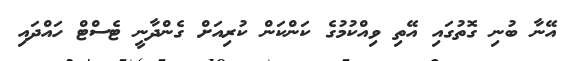
އޭނާ ބުނި ގޮތުގައި އޭތި ވިއްކުމުގެ ކަންކަން ކުރިއަށް ގެންދާނީ ޓެސްޓް ހައްދައި